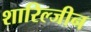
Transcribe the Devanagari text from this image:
शारिल्जीन